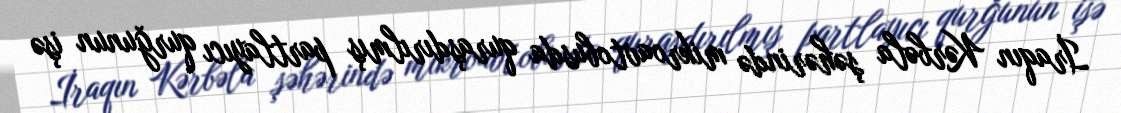
İraqın Kərbəla şəhərində mikroavtobusda quraşdırılmış partlayıcı qurğunun işə